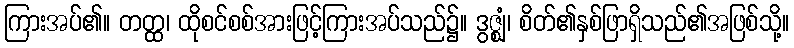
ကြားအပ်၏။ တတ္ထ၊ ထိုစင်စစ်အားဖြင့်ကြားအပ်သည်၌။ ဒွဇ္ဈံ၊ စိတ်၏နှစ်ဖြာရှိသည်၏အဖြစ်သို့။